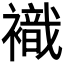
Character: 𧝊